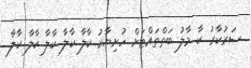
ސަރުކާރު ކާ މާލު ބަތްތައްޓަށް ހުށިޔާރު ކާލާ ކާލާ ކާލާ ކާލާ ކާލާ